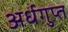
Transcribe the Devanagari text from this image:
अर्धगुप्त